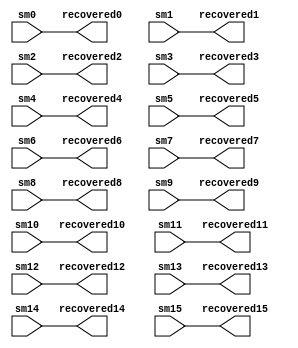
/* Machine-generated using Migen */
module ShiftRowInv(
	input [7:0] sm0,
	input [7:0] sm1,
	input [7:0] sm2,
	input [7:0] sm3,
	input [7:0] sm4,
	input [7:0] sm5,
	input [7:0] sm6,
	input [7:0] sm7,
	input [7:0] sm8,
	input [7:0] sm9,
	input [7:0] sm10,
	input [7:0] sm11,
	input [7:0] sm12,
	input [7:0] sm13,
	input [7:0] sm14,
	input [7:0] sm15,
	output [7:0] recovered0,
	output [7:0] recovered1,
	output [7:0] recovered2,
	output [7:0] recovered3,
	output [7:0] recovered4,
	output [7:0] recovered5,
	output [7:0] recovered6,
	output [7:0] recovered7,
	output [7:0] recovered8,
	output [7:0] recovered9,
	output [7:0] recovered10,
	output [7:0] recovered11,
	output [7:0] recovered12,
	output [7:0] recovered13,
	output [7:0] recovered14,
	output [7:0] recovered15
);


// synthesis translate_off
reg dummy_s;
initial dummy_s <= 1'd0;
// synthesis translate_on
assign recovered0 = sm0;
assign recovered1 = sm1;
assign recovered2 = sm2;
assign recovered3 = sm3;
assign recovered4 = sm4;
assign recovered5 = sm5;
assign recovered6 = sm6;
assign recovered7 = sm7;
assign recovered8 = sm8;
assign recovered9 = sm9;
assign recovered10 = sm10;
assign recovered11 = sm11;
assign recovered12 = sm12;
assign recovered13 = sm13;
assign recovered14 = sm14;
assign recovered15 = sm15;

endmodule